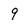
Character: 9